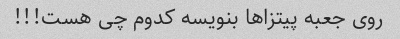
روی جعبه پیتزاها بنویسه کدوم چی هست!!!